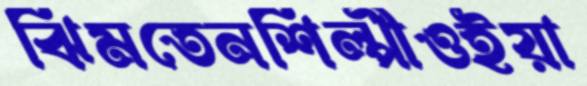
ঝিমতেনশিল্পীওইয়া